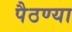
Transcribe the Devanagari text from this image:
पैठण्या